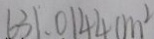
6 3 1 . 0 1 4 4 c m ^ { 2 }